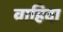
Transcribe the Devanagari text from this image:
वाहिदा